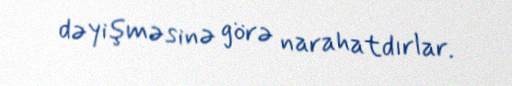
dəyişməsinə görə narahatdırlar.